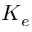
K _ { e }